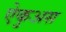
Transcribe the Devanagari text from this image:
ऐकुअस